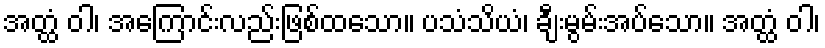
အတ္ထံ ဝါ၊ အကြောင်းလည်းဖြစ်ထသော။ ပသံသိယံ၊ ချီးမွမ်းအပ်သော။ အတ္ထံ ဝါ၊